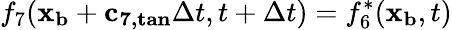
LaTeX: f_{7}(\mathbf{x_{b}}+\mathbf{c_{7,tan}}\Delta t,t+\Delta t)=f_{6}^{*}(\mathbf{x_{b}},t)